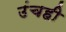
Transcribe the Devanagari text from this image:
उंचही